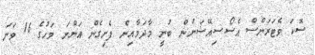
ސޮކަ ވެޓަރަންސް އެސޯސިއޭޝަނުން ބުނީ މާދަމާއިން ފެށިގެން އަންނަ މަހުގެ 16 ވަނަ